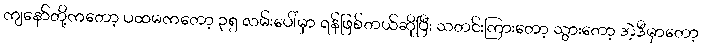
ကျနော်တို့ကတော့ ပထမကတော့ ၃၅ လမ်းပေါ်မှာ ရန်ဖြစ်တယ်ဆိုပြီး သတင်းကြားတော့ သွားတော့ အဲ့ဒီမှာတော့